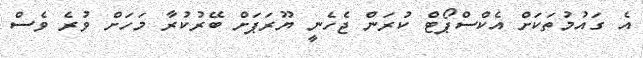
އެ ގައުމުތަކަށް އެކްސްޕޯޓް ކުރަން ޖެހެނީ ޔޫރަޕަށް ބޭރުކުރާ މަހަށް ވުރެ ވެސް